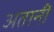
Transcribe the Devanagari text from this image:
अतानी